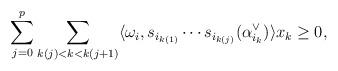
LaTeX: \begin{align*}\sum_{j=0}^p \sum_{k(j) < k < k(j+1)} \langle \omega_i,s_{i_{k(1)}} \cdots s_{i_{k(j)}}(\alpha_{i_k}^\vee)\rangle x_k \geq 0,\end{align*}